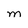
Character: M